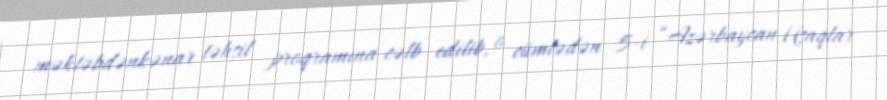
məktəbdənkənar təhsil proqramına cəlb edilib, o cümlədən 5-i “Azərbaycan Uşaqlar